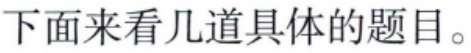
下面来看几道具体的题目。